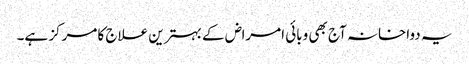
یہ دواخانہ آج بھی وبائی امراض کے بہترین علاج کا مرکز ہے۔